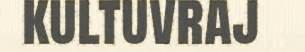
kultuvraj